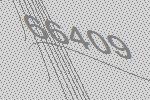
66409